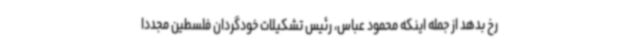
رخ بدهد از جمله اینکه محمود عباس، رئیس تشکیلات خودگردان فلسطین مجددا